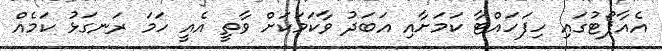
އެއާޕޯޓުގައި ހިފަހައްޓާ ކަމަށާއި އަބަދު ވާކަމަކަށް ވާތީ އެއީ ހަމަ ރަނގަޅު ކަމެއް